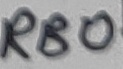
Text: RB0